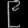
Digit: ၉